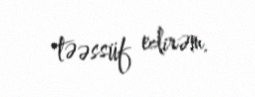
təəssüf edirəm.